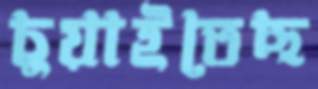
চুয়াইতেছ